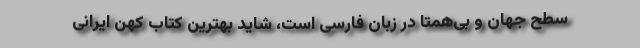
سطح جهان و بی‌همتا در زبان فارسی است، شاید بهترین کتاب کهن ایرانی